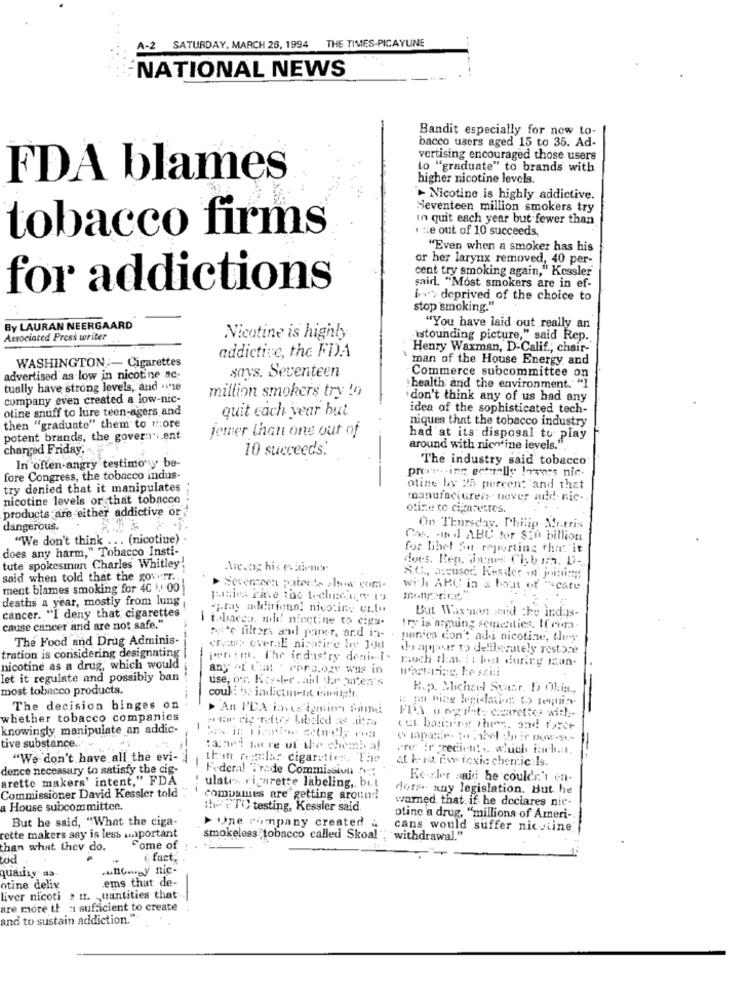
THE TIMES-PICAYUNE
A-2 SATURDAY, MARCH 26, 1994
NATIONAL NEWS
Bandit especially for new to-
bacco users aged 15 to 35. Ad-
vertising encouraged those users
to "graduate" to brands with
FDA blames
higher nicotine levels.
'- Nicotine is highly addictive.
Seventeen million smokers try
In quit each year but fewer than
tobacco firms
. :: e out of 10 succeeds,
"Even when a smoker has his
or her larynx removed, 40 per-
cent try smoking again," Kessler
for addictions
said. "Most smokers are in ef-
b > deprived of the choice to
stop smoking."
By LAURAN NEERGAARD
"You have laid out really an
Associated Press writer
Nicotine is highly
istounding picture," said Rep.
"Henry Waxman, D-Calif .; chair-
WASHINGTON ;- Cigarettes
addictive, the FD).A
man of the House Energy and
says. Seventeen
advertised as low in nicotine ac-
Commerce subcommittee on
tually have strong levels, and .inte
million smokers try !o
: health and the environment.""I
company even created a low-nic-
"don't think any of us had any
otine snuff to lure teen-agers and
quit cach year but
idea of the sophisticated tech-
niques that the tobacco industry
then "graduate" them to tore
jemer than one out of
potent brands, the govera ... ent
had at its disposal to play
charged Friday,
10 succeeds:
around with nicotine levels.".
The industry said tobacco
In often angry testimony be-
prof. ing actually lovers nic.
fore Congress, the tobacco indus-
try denied that it manipulates
otine by 25 percent and that
nicotine levels or that tobacco
manufacturers never add. nic-
products are either addictive or
otize to cigarettes.
dangerous.
On Thursday. Philip Morris
"We don't think ... (nicotine)
Cos. - Ind ABC for SEO billion
does any harm," Tobacco Insti-
for libel Sn reporting the. it
does. Ren. James Chyb uma. D -.
tute spokesman Charles Whitley!
said when told that the gow.r.
ment blames smoking for 4C 1, 00
Novencer patents show com.
with ARC in a boat of "scare
deaths a year, mostly from lung
cancer. "I deny that cigarettes
;- ray adeliriono! nicotine CLto
tobacco, mild niectine to cigs-
But Wax man said the indus-
cause cancer and are not safe."
Ing is arguing semedies. It com
The Food and Drug Adminis-
mete filters and paper, and in- . panica don't adi nicotine, they
erster overali nicatire in Jou
dos aphaser to deliberately restore
tration is considering designating
jere:m. T'he irdastry denie i.
much thea : : bet during maan-
nicotine as a drug, which would
any of Liat . Para.ozy was in
let it regulate and possibly ban
use, ox: Kry-ler . and the paten's
most tobacco products.
R.p. Michael Svar, DOlis .,
coul : >> indicum-lat ing !.
The decision binges on
> An PDA inves igmion fumd
whether tobacco companies
sto vig -rettes Labeled we titta
knowingly manipulate an addic-
-
cu basis the, and face
tive substance ..
tande mstre of the chemi a!
Fre ir gredien! .. which inch ....
"We don't have all the evi-
th'in fet:lar cigarettes. The
at bord for toxic chemicals.
dence necessary to satisfy the cig-
Federal Trade Commission Nv
-
aretto makers' intent," FDA
Ke.aber said he couldn't en-
ulates rigurette labeling, but
dors any legislation. But he
Commissioner David Kessler told
companies are getting around
warned, that. if he declares nic-
a House subcommittee.
!""TO testing, Kessler said.
But he said, "What the ciga-
oline a drug, "millions of Ameri-
> Une Pompany created
cans would suffer nicotine
rette makers say is less important
smokeless tobacco called Skoal ; withdrawal."
than what they do.
Some of
cod
& fact,
... no. y nic-
quality' da
ems that de-
otine deliv
liver nicoti . u. quantities that
are more th a sufficient to create
and to sustain addiction."-